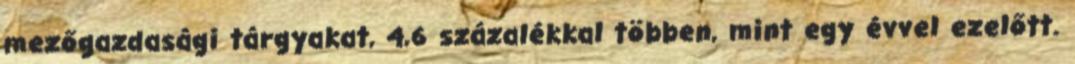
mezőgazdasági tárgyakat, 4,6 százalékkal többen, mint egy évvel ezelőtt.